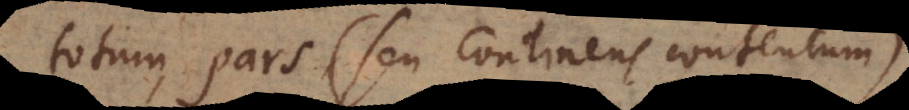
totum, pars (seu continens contentum),